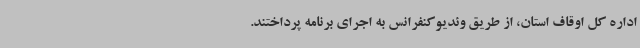
اداره کل اوقاف استان، از طریق وئدیوکنفرانس به اجرای برنامه پرداختند.